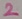
Text: 2